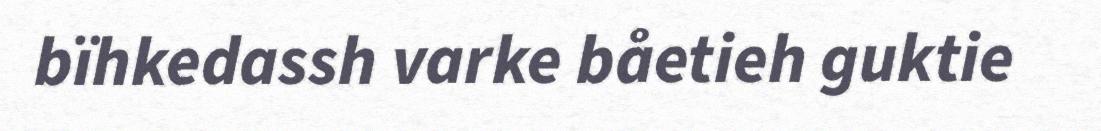
bïhkedassh varke båetieh guktie